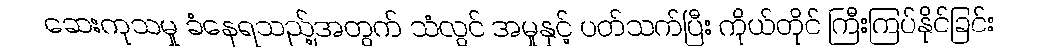
ဆေးကုသမှု ခံနေရသည့်အတွက် သံလွင် အမှုနှင့် ပတ်သက်ပြီး ကိုယ်တိုင် ကြီးကြပ်နိုင်ခြင်း